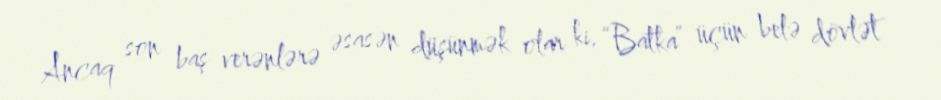
Ancaq son baş verənlərə əsasən düşünmək olar ki, “Batka” üçün belə dövlət